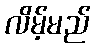
လိမ့်မည်